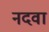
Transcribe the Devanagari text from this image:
नदवा